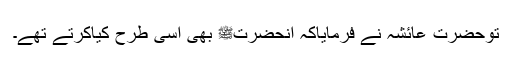
توحضرت عائشہؓ نے فرمایاکہ آنحضرتﷺ بھی اسی طرح کیاکرتے تھے۔